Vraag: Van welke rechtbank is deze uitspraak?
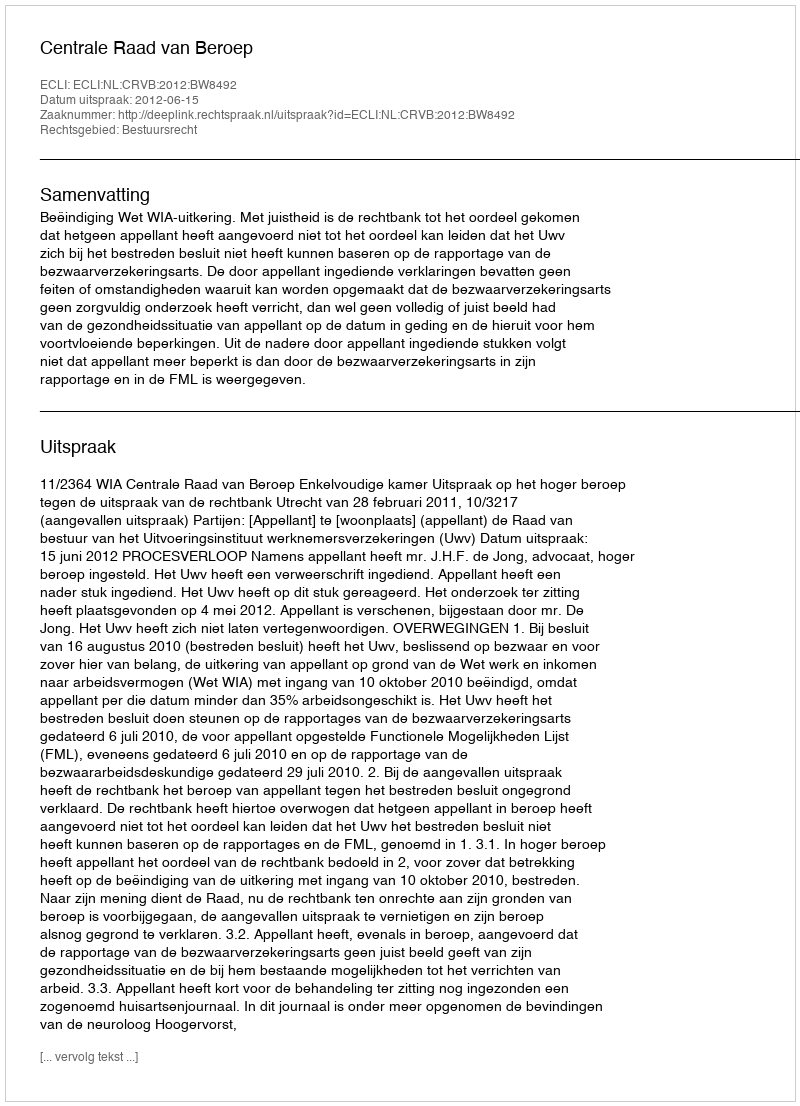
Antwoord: Centrale Raad van Beroep